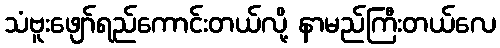
သံဗူးဖျော်ရည်ကောင်းတယ်လို့ နာမည်ကြီးတယ်လေ